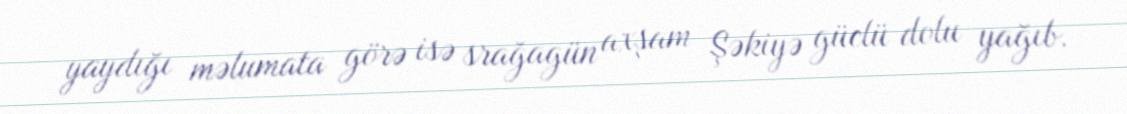
yaydığı məlumata görə isə srağagün axşam Şəkiyə güclü dolu yağıb.